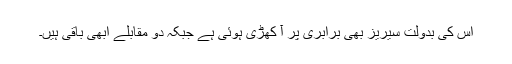
اس کی بدولت سیریز بھی برابری پر آ کھڑی ہوئی ہے جبکہ دو مقابلے ابھی باقی ہیں۔